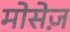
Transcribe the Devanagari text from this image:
मोसेज़